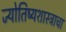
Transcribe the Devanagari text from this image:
ज्योतिष्यशास्त्राचा